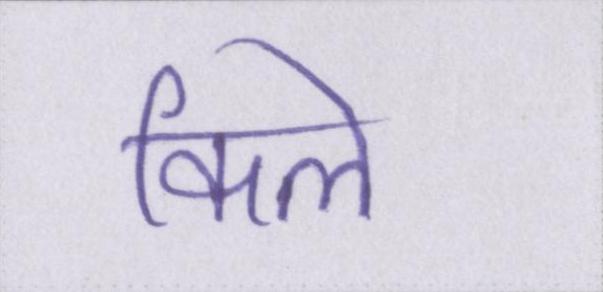
किले